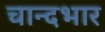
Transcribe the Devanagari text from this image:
चान्दभार